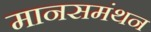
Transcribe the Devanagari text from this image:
मानसमंथन